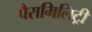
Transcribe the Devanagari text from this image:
पैरामिलिट्री